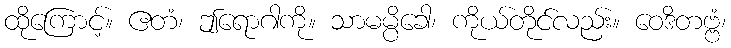
ထိုကြောင့်။ ဧတံ၊ ဤရောဂါကို။ သာမမ္ပိခေါ၊ ကိုယ်တိုင်လည်း။ ဝေဒိတဗ္ဗံ၊